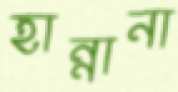
হান্নানা